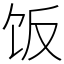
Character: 饭